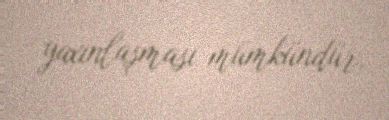
yaxınlaşması mümkündür.